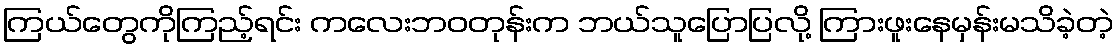
ကြယ်တွေကိုကြည့်ရင်း ကလေးဘဝတုန်းက ဘယ်သူပြောပြလို့ ကြားဖူးနေမှန်းမသိခဲ့တဲ့